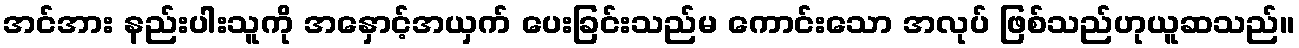
အင်အား နည်းပါးသူကို အနှောင့်အယှက် ပေးခြင်းသည်မ ကောင်းသော အလုပ် ဖြစ်သည်ဟုယူဆသည်။